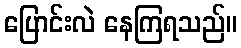
ပြောင်းလဲ နေကြရသည်။